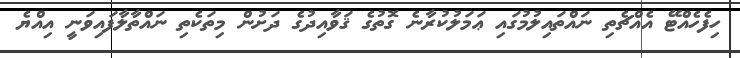
ހިފެހެއްޓޭ އެއްޗެތި ނައްތައިލުމުގައި ޢަމަލުކުރާނެ ގޮތުގެ ޤަވާއިދުގެ ދަށުން މިތަކެތި ނައްތާލާފައިވަނީ އިއްޔެ